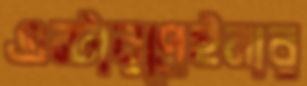
এন্টারপ্রেইনার